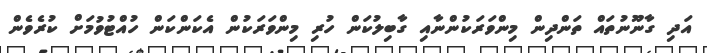
އަދި ގާނޫނުތައް ތަންދިން މިންވަރަކުންނާއި ގާބިލުކަން ހުރި މިންވަރަކުން އެކަންކަން ހުއްޓުވުމަށް ކުރެވެން